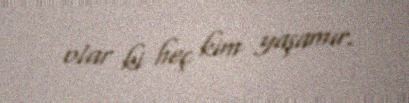
olar ki heç kim yaşamır.